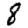
Digit: 8